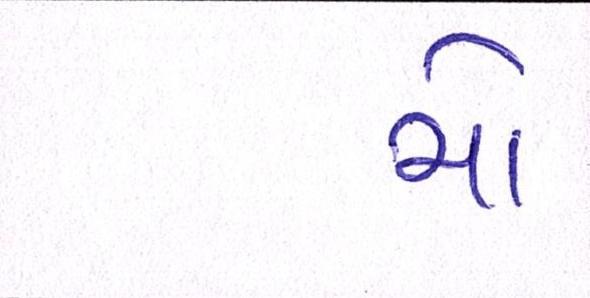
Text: મોં